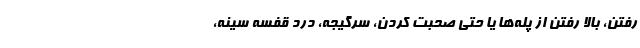
رفتن، بالا رفتن از پله‌ها یا حتی صحبت کردن، سرگیجه، درد قفسه سینه،